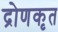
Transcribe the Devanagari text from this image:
द्रोणकृत